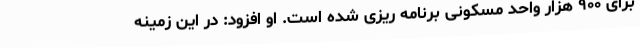
برای ۹۰۰ هزار واحد مسکونی برنامه ریزی شده است. او افزود: در این زمینه